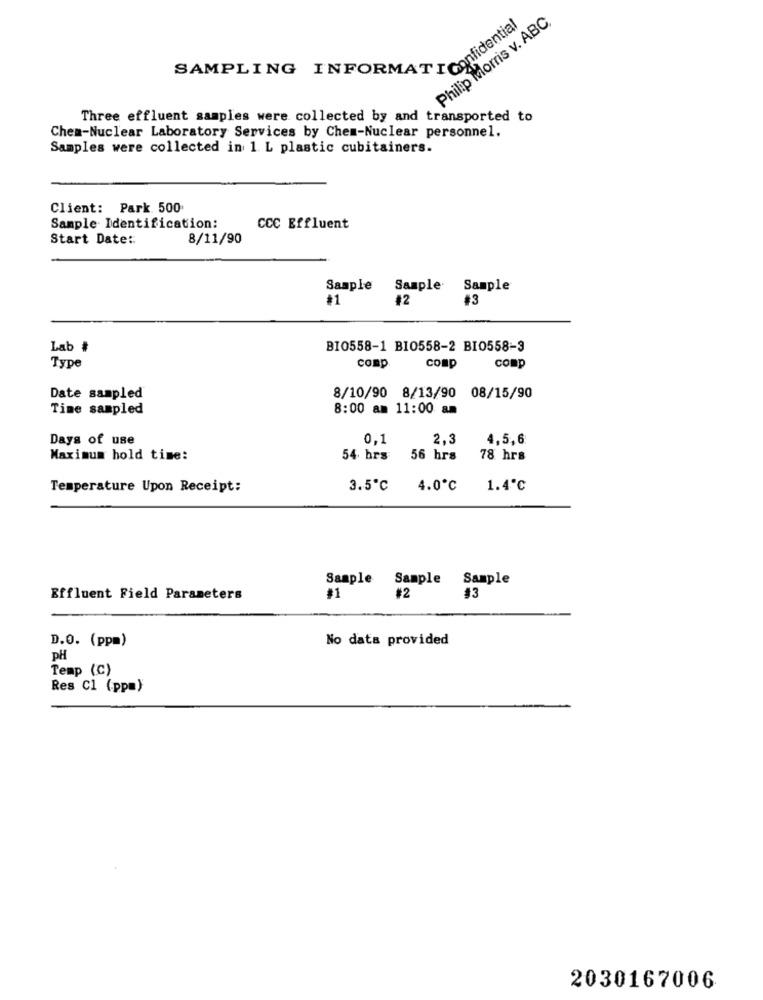
Philip Morris v. ABC,
SAMPLING INFORMATIONfide
Three effluent samples were collected by and transported to
Chem-Nuclear Laboratory Services by Chem-Nuclear personnel.
Samples were collected in 1 L plastic cubitainers.
Client: Park. 500
Sample Identification:
CCC Effluent
Start Date ::
8/11/90
Sample Sample
Sample
#1
#2
#3
Lab #
BI0558-1 B10558-2 BI0558-3
Type
comp
comp
comp
Date sampled
8/10/90 8/13/90 08/15/90
Time sampled
8:00 am 11:00 am
Days of use
0,1
2,3
4,5,6
Maximum hold time:
54 hrs 56 hrs
78 hrs
Temperature Upon Receipt:
3.5℃ 4.0℃ 1.4℃
Sample Sample
Sample
Effluent Field Parameters
#1
#2
$3
D.O. (ppm)
No data provided
pH
Temp (C)
Res Cl (ppm)
2030167006